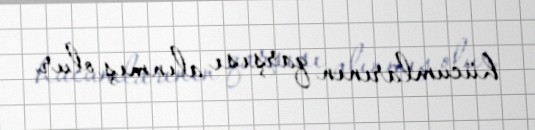
hücumlarının qarşısı alınmış olur.